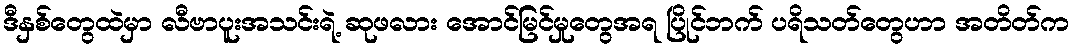
ဒီနှစ်တွေထဲမှာ လီဗာပူးအသင်းရဲ့ ဆုဖလား အောင်မြင်မှုတွေအရ ပြိုင်ဘက် ပရိသတ်တွေဟာ အတိတ်က